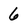
Character: 6